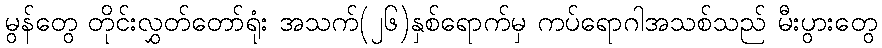
မွန်တွေ တိုင်းလွှတ်တော်ရုံး အသက်(၂၆)နှစ်ရောက်မှ ကပ်ရောဂါအသစ်သည် မီးပွားတွေ